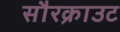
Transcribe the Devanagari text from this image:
सौरक्राउट